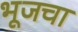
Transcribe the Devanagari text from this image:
भूजचा